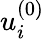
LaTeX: u_{i}^{(0)}